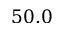
5 0 . 0